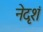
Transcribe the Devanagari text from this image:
नेदृशं